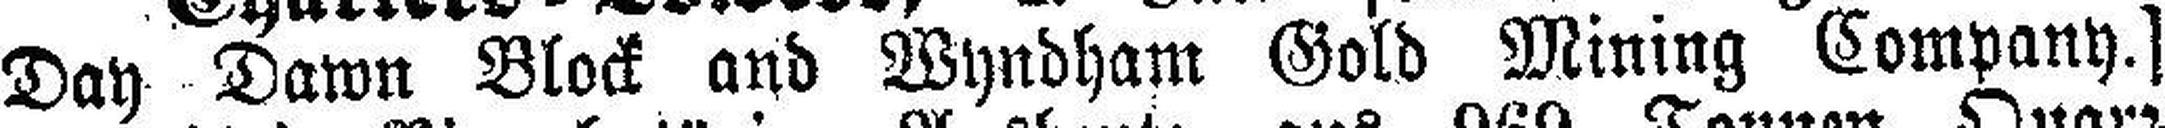
Day Dawn Block and Wyndham Gold Mining Company.]